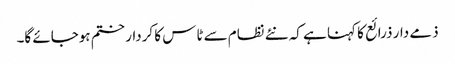
ذمے دار ذرائع کا کہنا ہے کہ نئے نظام سے ٹاس کا کردار ختم ہوجائے گا۔